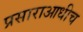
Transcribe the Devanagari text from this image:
प्रसाराआधीच